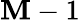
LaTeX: \mathbf{M}-1